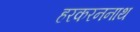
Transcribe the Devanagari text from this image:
हरकरननाथ